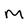
Character: m